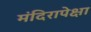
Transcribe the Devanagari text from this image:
मंदिरापेक्षा